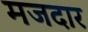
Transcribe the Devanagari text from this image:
मजदार